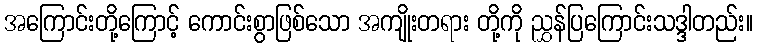
အကြောင်းတို့ကြောင့် ကောင်းစွာဖြစ်သော အကျိုးတရား တို့ကို ညွှန်ပြကြောင်းသဒ္ဒါတည်း။